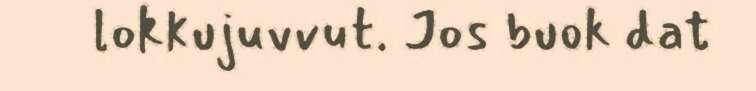
lokkujuvvut. Jos buok dat